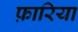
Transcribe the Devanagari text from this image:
फ़ारिया